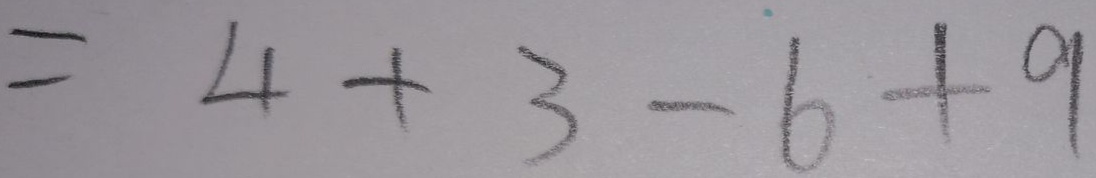
= 4 + 3 - 6 + 9